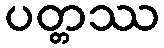
ပတ္တဿ